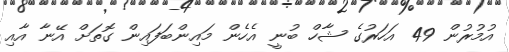
އުމުރުން 49 އަހަރުގެ ޝާހް ބުނީ އެހެން މައިންބަފައިން ގޮތަށް އޭނާ އާއި